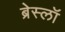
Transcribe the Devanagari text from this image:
ब्रेस्लॉ